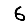
Digit: 6